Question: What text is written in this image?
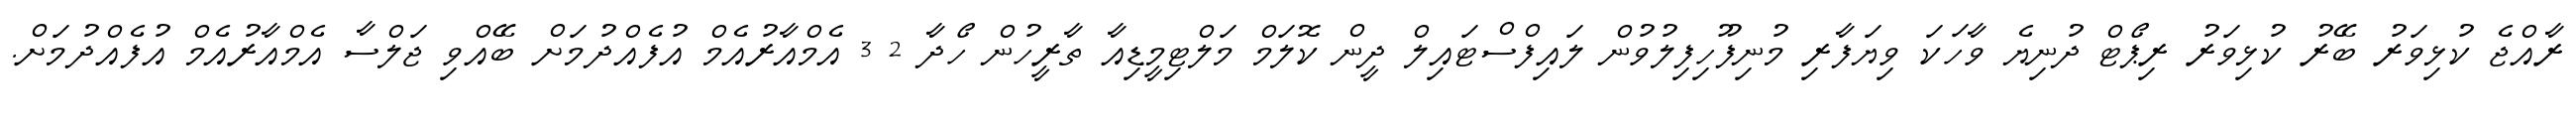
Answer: ރާއްޖެ ކުޅިވަރު ބޭރު ކުޅިވަރު ރިޕޯޓް ދުނިޔެ ވާހަކަ ވިޔަފާރި މުނިފޫހިފިލުވުން ލައިފްސްޓައިލް ދީން ކޮލަމް މަލްޓިމީޑިއާ ތާރީހުން ހޯދާ 2 3 އެމްއާރުއެމް އުފެއްދުމަށް ބޭއްވި ޖަލްސާ އެމްއާރުއެމް އުފެއްދުމަށް.